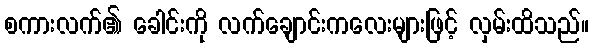
စကားလက်၏ ခေါင်းကို လက်ချောင်းကလေးများဖြင့် လှမ်းထိသည်။